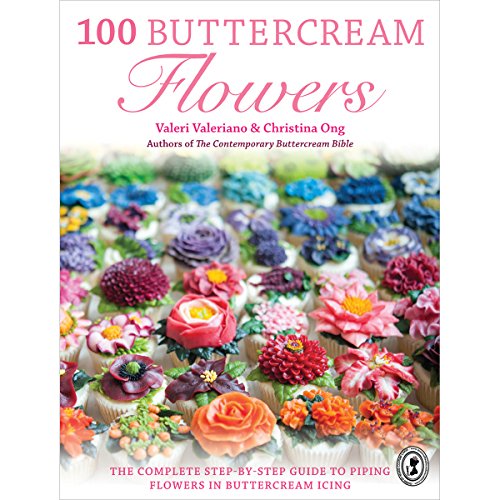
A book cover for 100 Buttercream Flowers: The Complete Step-by-Step Guide to Piping Flowers in Buttercream Icing; Valeri Valeriano; Cookbooks, Food & Wine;